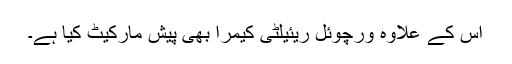
اِس کے علاوہ ورچوئل ریئیلٹی کیمرا بھی پیش مارکیٹ کیا ہے۔